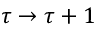
\tau \to \tau + 1